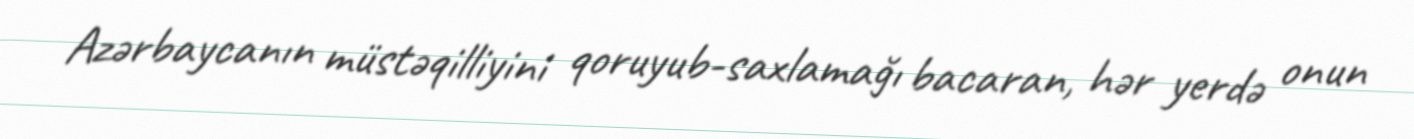
Azərbaycanın müstəqilliyini qoruyub-saxlamağı bacaran, hər yerdə onun